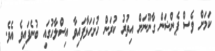
ކަމަށް ވެސް ޕެންޝަން ގާނޫނަށް އިތުރު ކުރަން ހުށަހަޅާފައިވާ އިސްލާހުގައި ބުނެފައިވެ އެވެ.